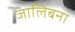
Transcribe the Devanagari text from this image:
जालिबना